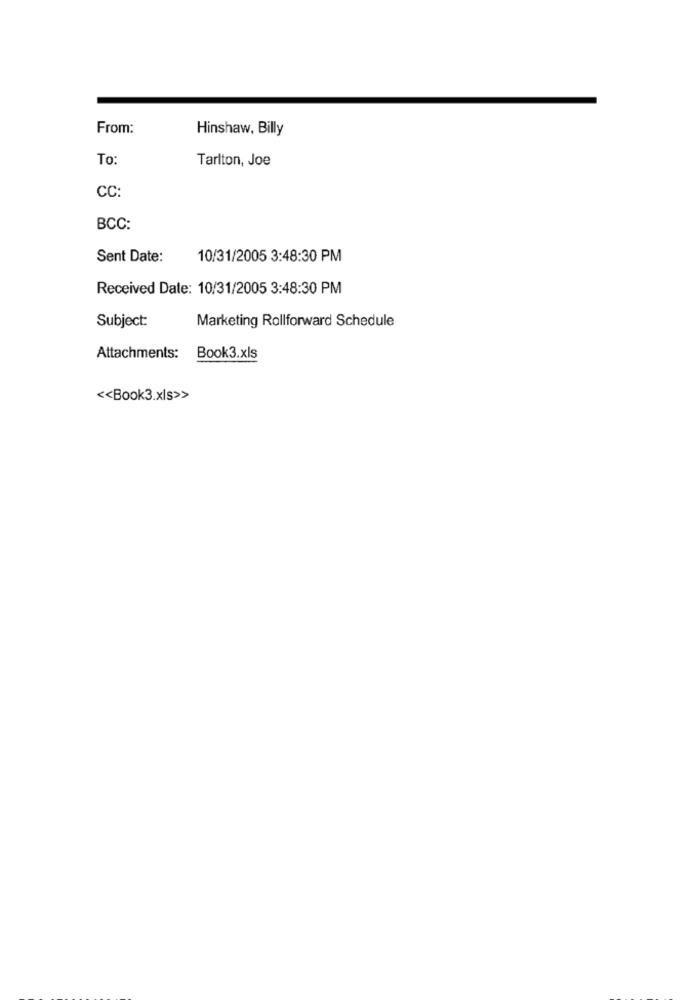
From:
Hinshaw, Billy
To:
Tarlton, Joe
CC:
BCC:
Sent Date:
10/31/2005 3:48:30 PM
Received Date: 10/31/2005 3:48:30 PM
Subject:
Marketing Rollforward Schedule
Attachments: Book3.xls
<< Book3.xls>>